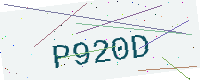
Text: P920D